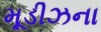
મૂડીઝના